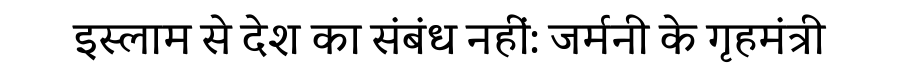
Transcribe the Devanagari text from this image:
इस्लाम से देश का संबंध नहीं: जर्मनी के गृहमंत्री